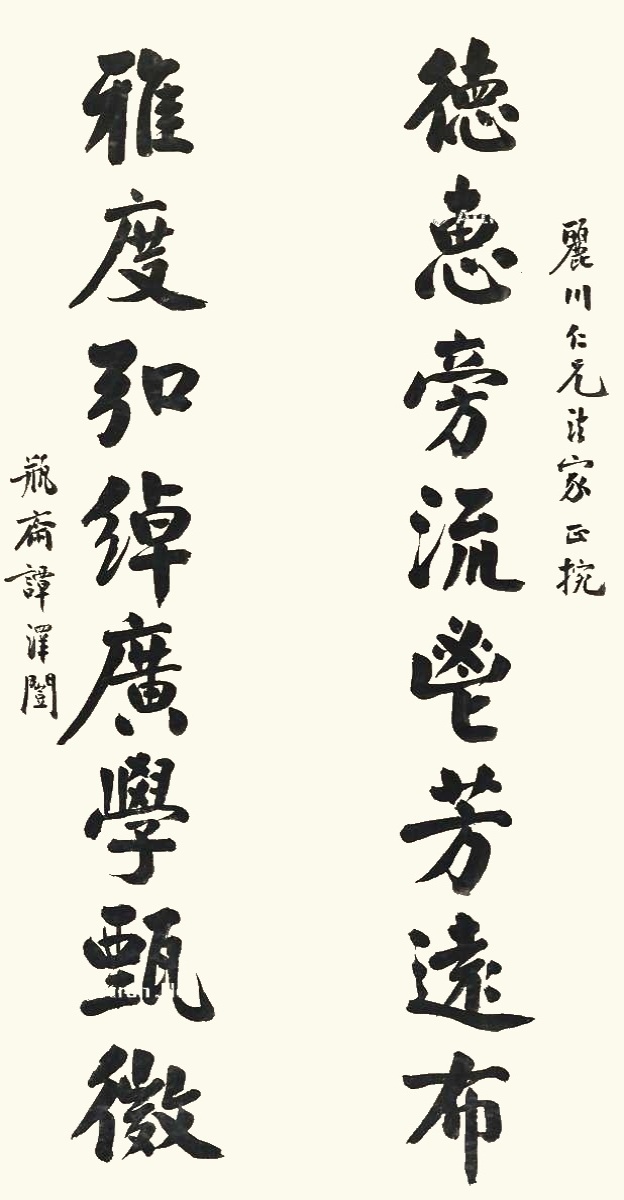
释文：德惠旁流鬯芳远布，雅度弘绰广学甄微。丽川仁兄法家正捥。瓶斋谭泽闿。